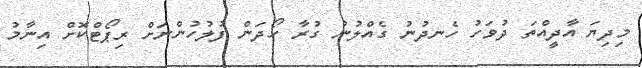
މިދިޔަ އާދީއްތަ ދުވަހު ހެނދުނު ގެއްލުނު ގުރާ ހޯދަން ފުލުހުންނަށް ރިޕޯޓްކޮށް އިނާމު